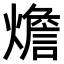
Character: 𤐐